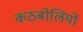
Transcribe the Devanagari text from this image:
कठबोलियों